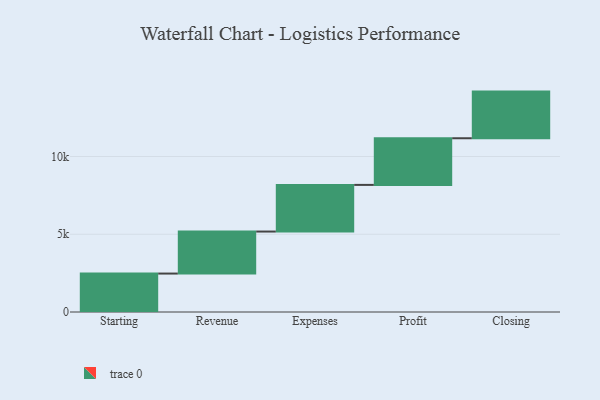
{"axis": {"x": "Step", "y": "Value"}, "legend": [""], "data": [{"x": "Starting", "y": 2472.0, "type": ""}, {"x": "Revenue", "y": 2702.0, "type": ""}, {"x": "Expenses", "y": 3000, "type": ""}, {"x": "Profit", "y": 3000, "type": ""}, {"x": "Closing", "y": 3000, "type": ""}]}